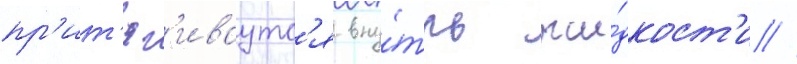
пр'ит'яг'иваутс'я вну́трь жи́дкост'и //